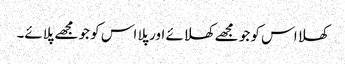
کھلا اس کو جو مجھے کھلائے اور پلا اس کو جو مجھے پلائے۔